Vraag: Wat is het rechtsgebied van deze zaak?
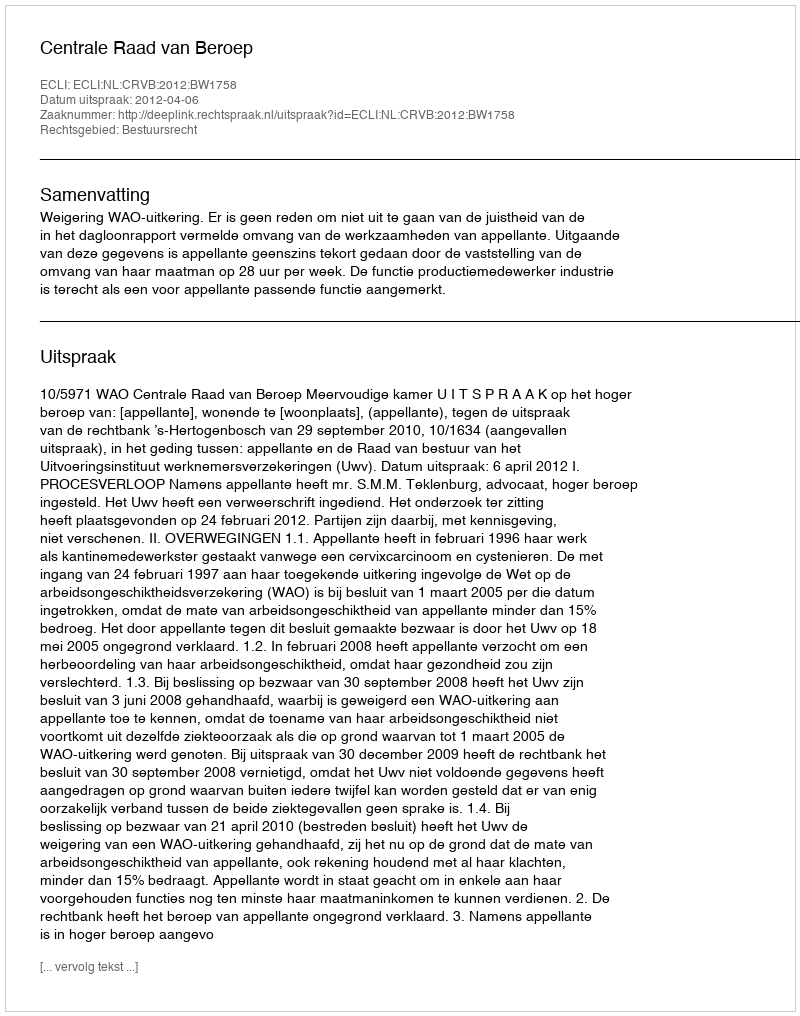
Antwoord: Bestuursrecht